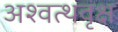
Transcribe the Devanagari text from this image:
अश्वत्थवृक्ष